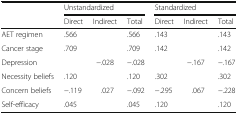
<table><thead><tr><td rowspan="2"></td><td colspan="3"><b>Unstandardized</b></td><td colspan="3"><b>Standardized</b></td></tr><tr><td><b>Direct</b></td><td><b>Indirect</b></td><td><b>Total</b></td><td><b>Direct</b></td><td><b>Indirect</b></td><td><b>Total</b></td></tr></thead><tbody><tr><td>AET regimen</td><td>.566</td><td></td><td>.566</td><td>.143</td><td></td><td>.143</td></tr><tr><td>Cancer stage</td><td>.709</td><td></td><td>.709</td><td>.142</td><td></td><td>.142</td></tr><tr><td>Depression</td><td></td><td>−.028</td><td>−.028</td><td></td><td>−.167</td><td>−.167</td></tr><tr><td>Necessity beliefs</td><td>.120</td><td></td><td>.120</td><td>.302</td><td></td><td>.302</td></tr><tr><td>Concern beliefs</td><td>−.119</td><td>.027</td><td>−.092</td><td>−.295</td><td>.067</td><td>−.228</td></tr><tr><td>Self-efficacy</td><td>.045</td><td></td><td>.045</td><td>.120</td><td></td><td>.120</td></tr></tbody></table>